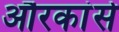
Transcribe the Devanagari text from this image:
औरकांसे